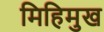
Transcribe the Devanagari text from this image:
मिहिमुख